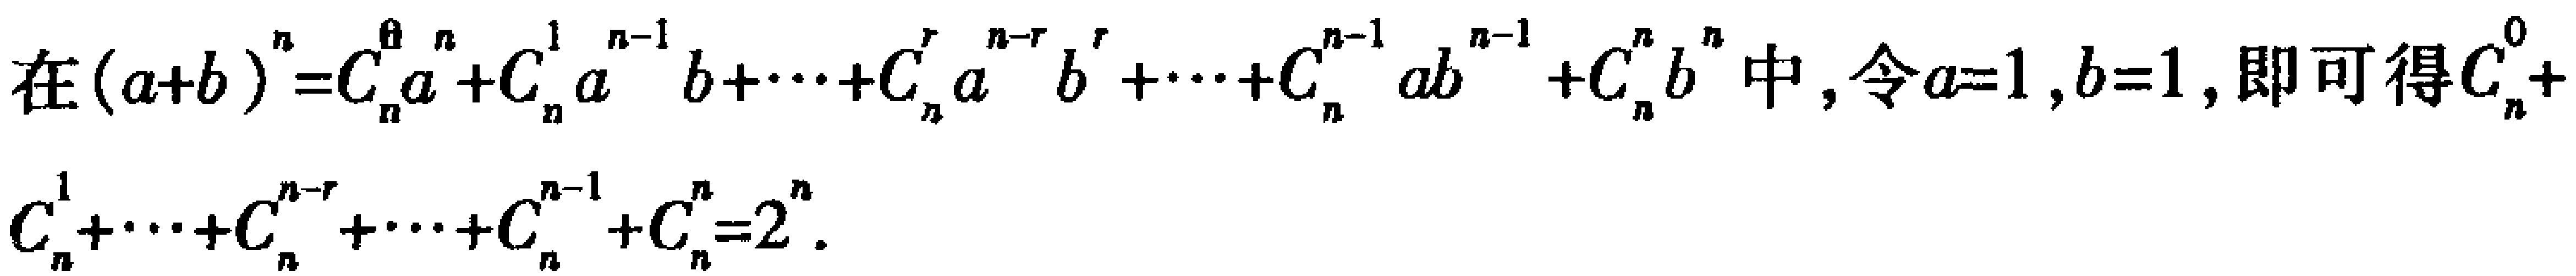
在\((a + b)^n = C_{n}^{0}a^{n}+C_{n}^{1}a^{n - 1}b+\cdots + C_{n}^{r}a^{n - r}b^{r}+\cdots + C_{n}^{n - 1}ab^{n - 1}+C_{n}^{n}b^{n}\)中，令\(a = 1\)，\(b = 1\)，即可得\(C_{n}^{0}+C_{n}^{1}+\cdots + C_{n}^{n - r}+\cdots + C_{n}^{n - 1}+C_{n}^{n}=2^{n}\)。